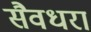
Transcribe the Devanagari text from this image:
सैवधरा